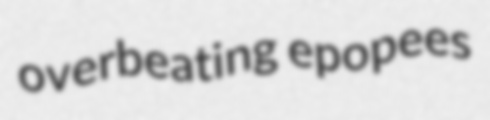
overbeating epopees